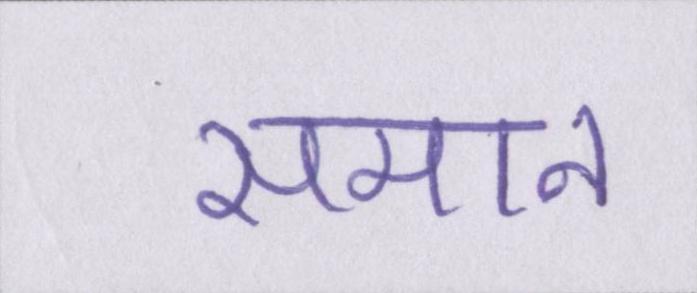
समान